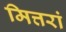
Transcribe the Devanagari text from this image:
मित्तरां